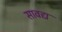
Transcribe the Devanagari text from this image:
सावद्य